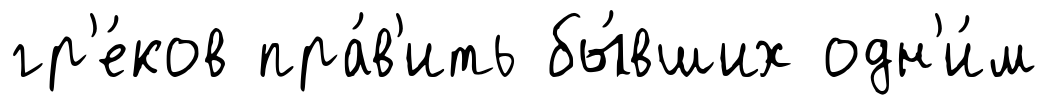
гр'е́ков пра́в'ить бы́вших одн'и́м